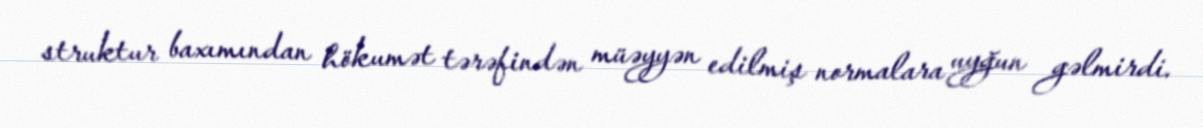
struktur baxımından hökumət tərəfindən müəyyən edilmiş normalara uyğun gəlmirdi.